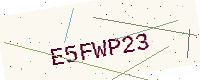
Text: E5FWP23